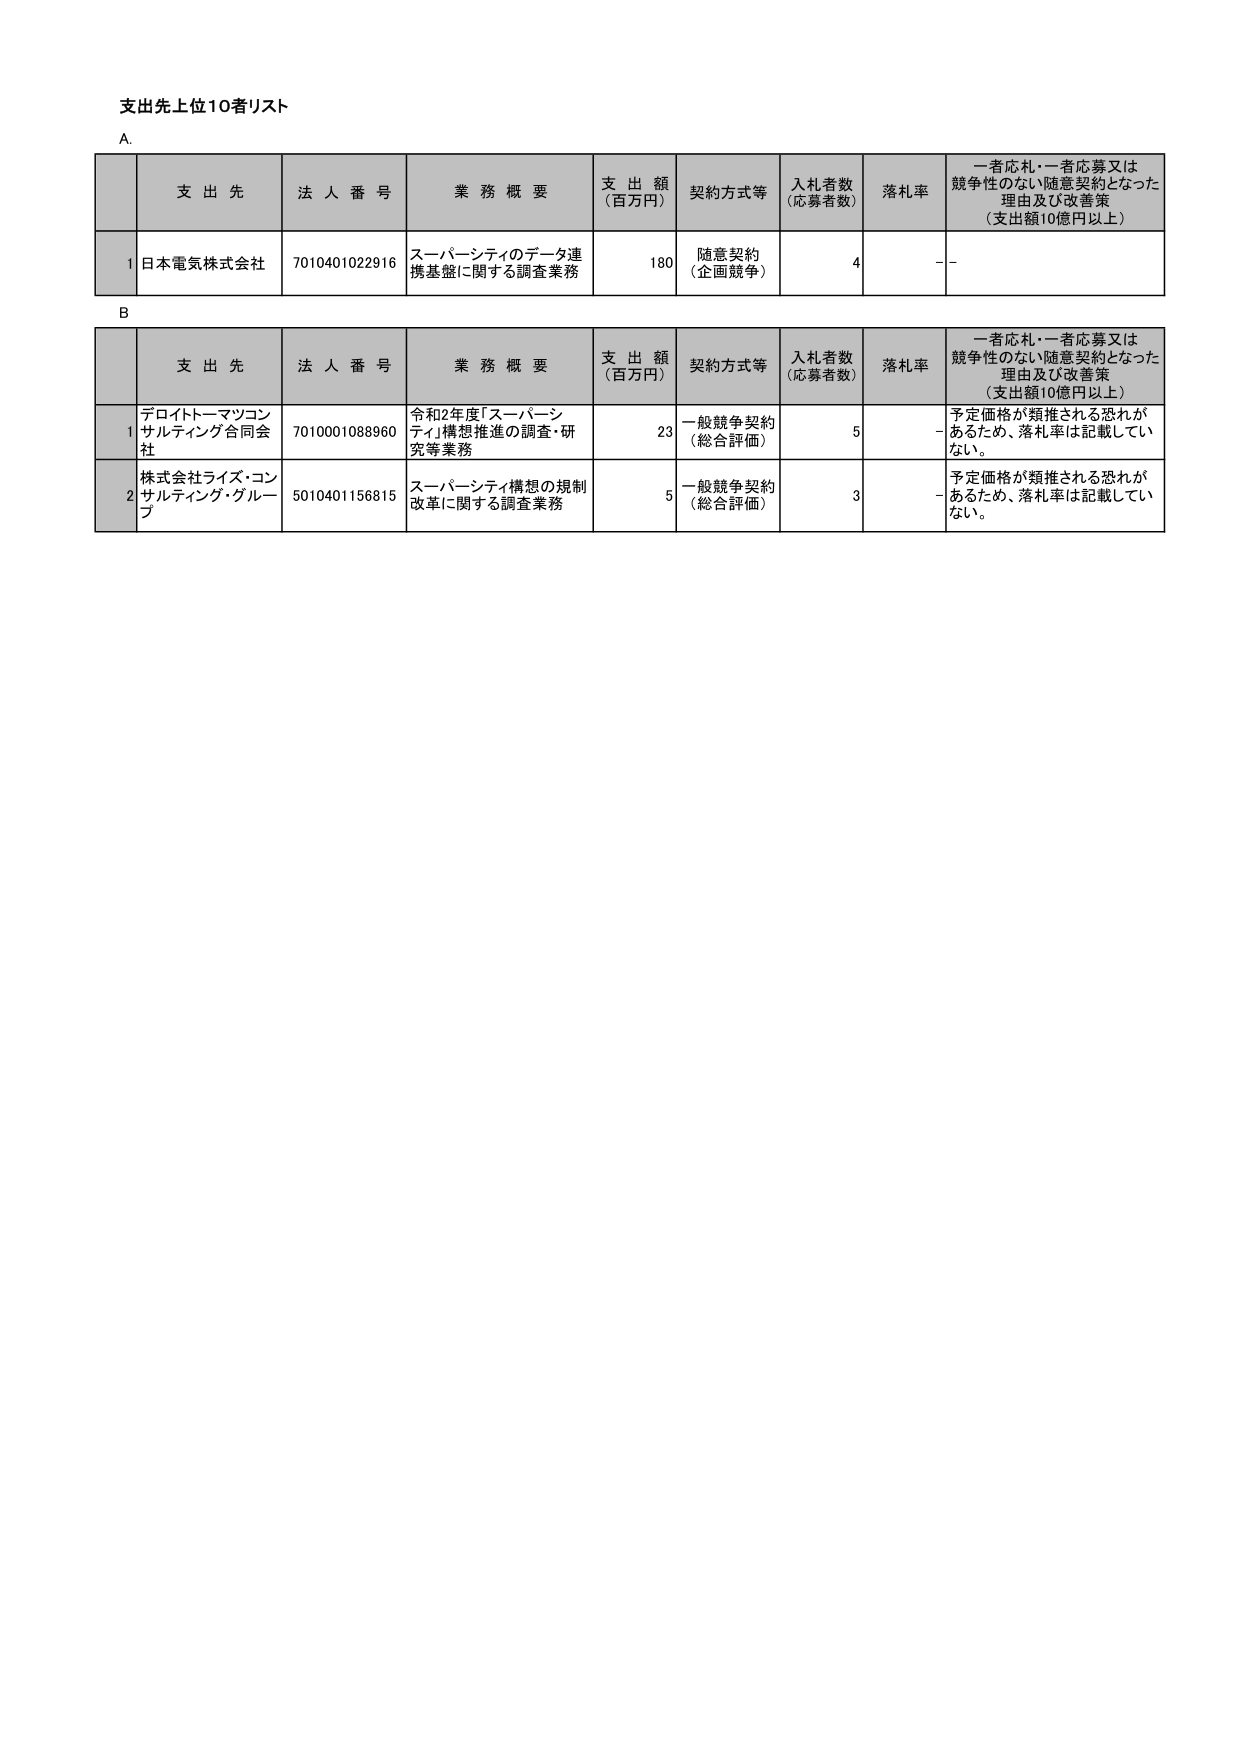
支出先上位10者リスト

A.

支 出 先       法 人 番 号       業 務 概 要                     支 出 額 （百万円）   契約方式等       入札者数 （応募者数）   落札率   一者応札・一者応募又は競争性のない随意契約となった理由及び改善策 （支出額10億円以上）

1 日本電気株式会社   7010401022916   スーパーシティのデータ連携基盤に関する調査業務   180   随意契約 （企画競争）   4   -   -

B.

支 出 先       法 人 番 号       業 務 概 要                     支 出 額 （百万円）   契約方式等       入札者数 （応募者数）   落札率   一者応札・一者応募又は競争性のない随意契約となった理由及び改善策 （支出額10億円以上）

1 デロイトトーマツコンサルティング合同会社   7010001088960   令和2年度「スーパーシティ」構想推進の調査・研究等業務   23   一般競争契約 （総合評価）   5   -   予定価格が類推される恐れがあるため、落札率は記載していない。

2 株式会社ライズ・コンサルティング・グループ   5010401156815   スーパーシティ構想の規制改革に関する調査業務   5   一般競争契約 （総合評価）   3   -   予定価格が類推される恐れがあるため、落札率は記載していない。